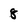
Character: 8